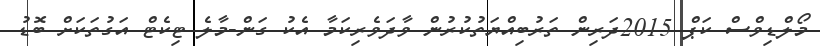
މޯލްޑިވްސް ކަޕް 2015ދަރިން ތަރުބިއްޔަތުކުރުން ވާދަވެރިކަމާ އެކު ގަން-މާލެ ޓިކެޓް އަގުތަކަށް ބޮޑު